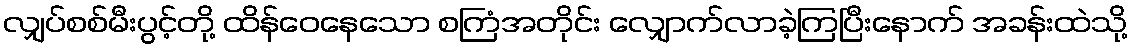
လျှပ်စစ်မီးပွင့်တို့ ထိန်ဝေနေသော စကြံအတိုင်း လျှောက်လာခဲ့ကြပြီးနောက် အခန်းထဲသို့